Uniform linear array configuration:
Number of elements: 48
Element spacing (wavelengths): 0.5
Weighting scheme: exponential
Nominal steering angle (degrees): -15
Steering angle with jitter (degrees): -14.233
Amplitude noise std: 0.05
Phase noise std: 0.05

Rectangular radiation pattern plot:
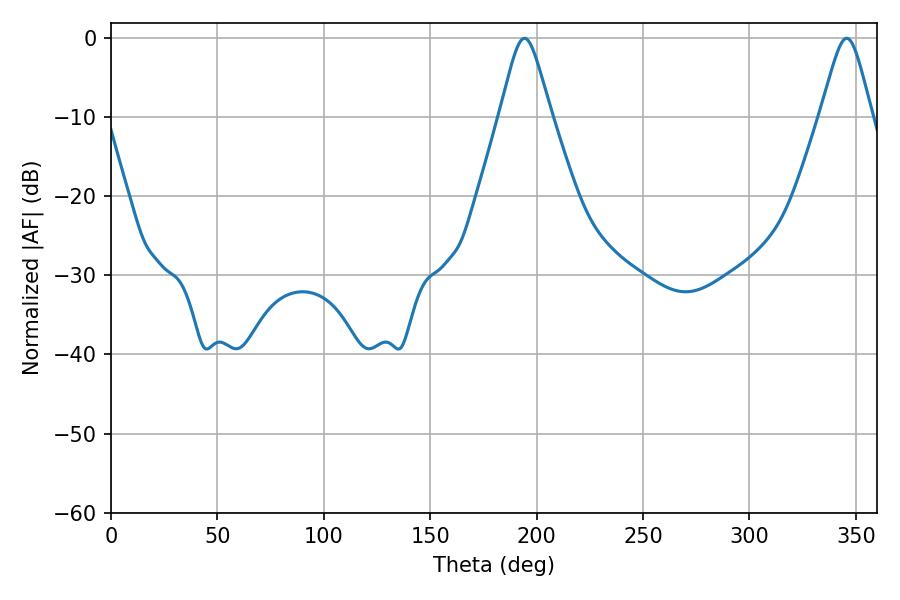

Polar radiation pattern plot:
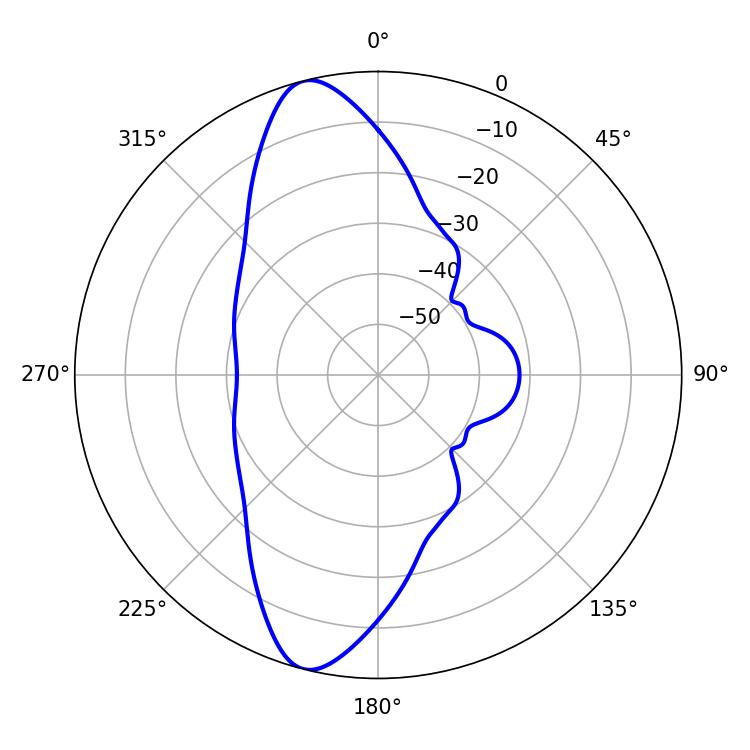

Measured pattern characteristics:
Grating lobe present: FALSE
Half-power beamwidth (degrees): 11.52
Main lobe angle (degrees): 194.22